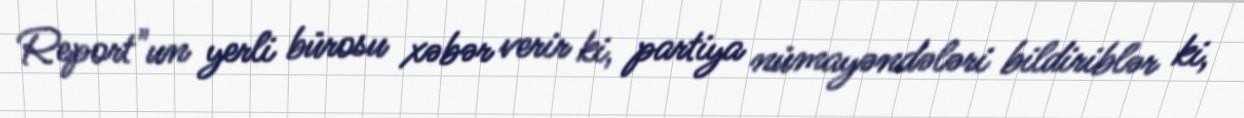
Report"un yerli bürosu xəbər verir ki, partiya nümayəndələri bildiriblər ki,